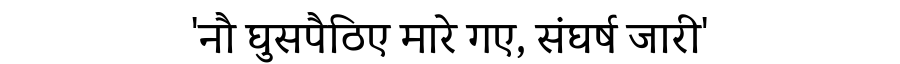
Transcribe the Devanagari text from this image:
'नौ घुसपैठिए मारे गए, संघर्ष जारी'